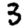
Digit: 3